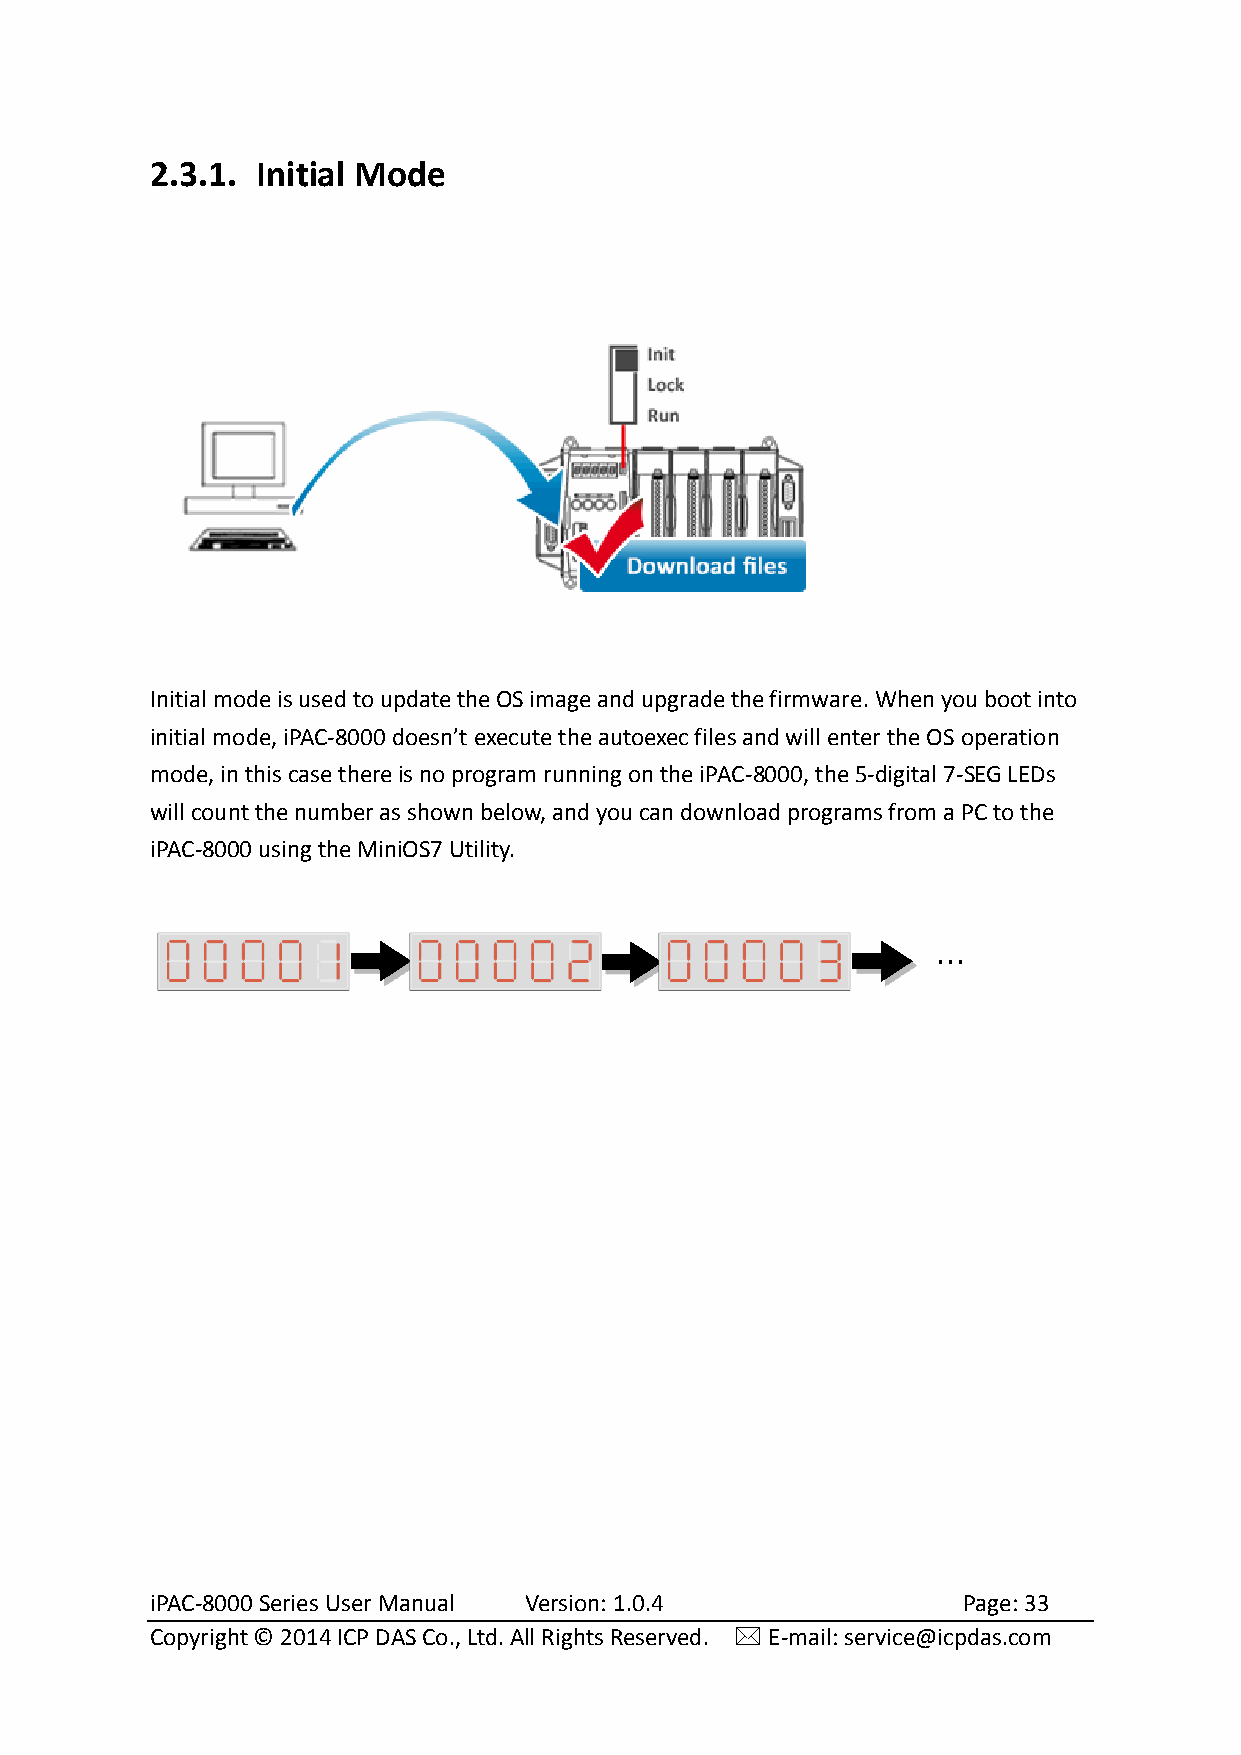
2.3.1. Initial Mode
 Initial mode is used to update the OS image and upgrade the firmware. When you boot into
 initial mode, iPAC-8000 doesn’t execute the autoexec files and will enter the OS operation
 mode, in this case there is no program running on the iPAC-8000, the 5-digital 7-SEG LEDs
 will count the number as shown below, and you can download programs from a PC to the
 iPAC-8000 using the MiniOS7 Utility.
 ...
 iPAC-8000 Series User Manual Version: 1.0.4           Page: 33
 Copyright © 2014 ICP DAS Co., Ltd. All Rights Reserved.  E-mail: service@icpdas.com